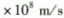
\times 1 0^ { 8 } m / s$$